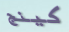
كينج